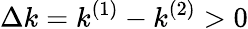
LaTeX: \Delta k=k^{(1)}-k^{(2)}>0